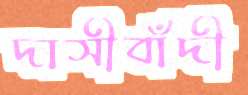
দাসীবাঁদী